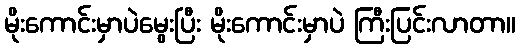
မိုးကောင်းမှာပဲမွေးပြီး မိုးကောင်းမှာပဲ ကြီးပြင်းလာတာ။